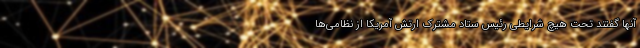
آنها گفتند تحت هیچ شرایطی رئیس ستاد مشترک ارتش آمریکا از نظامی‌ها